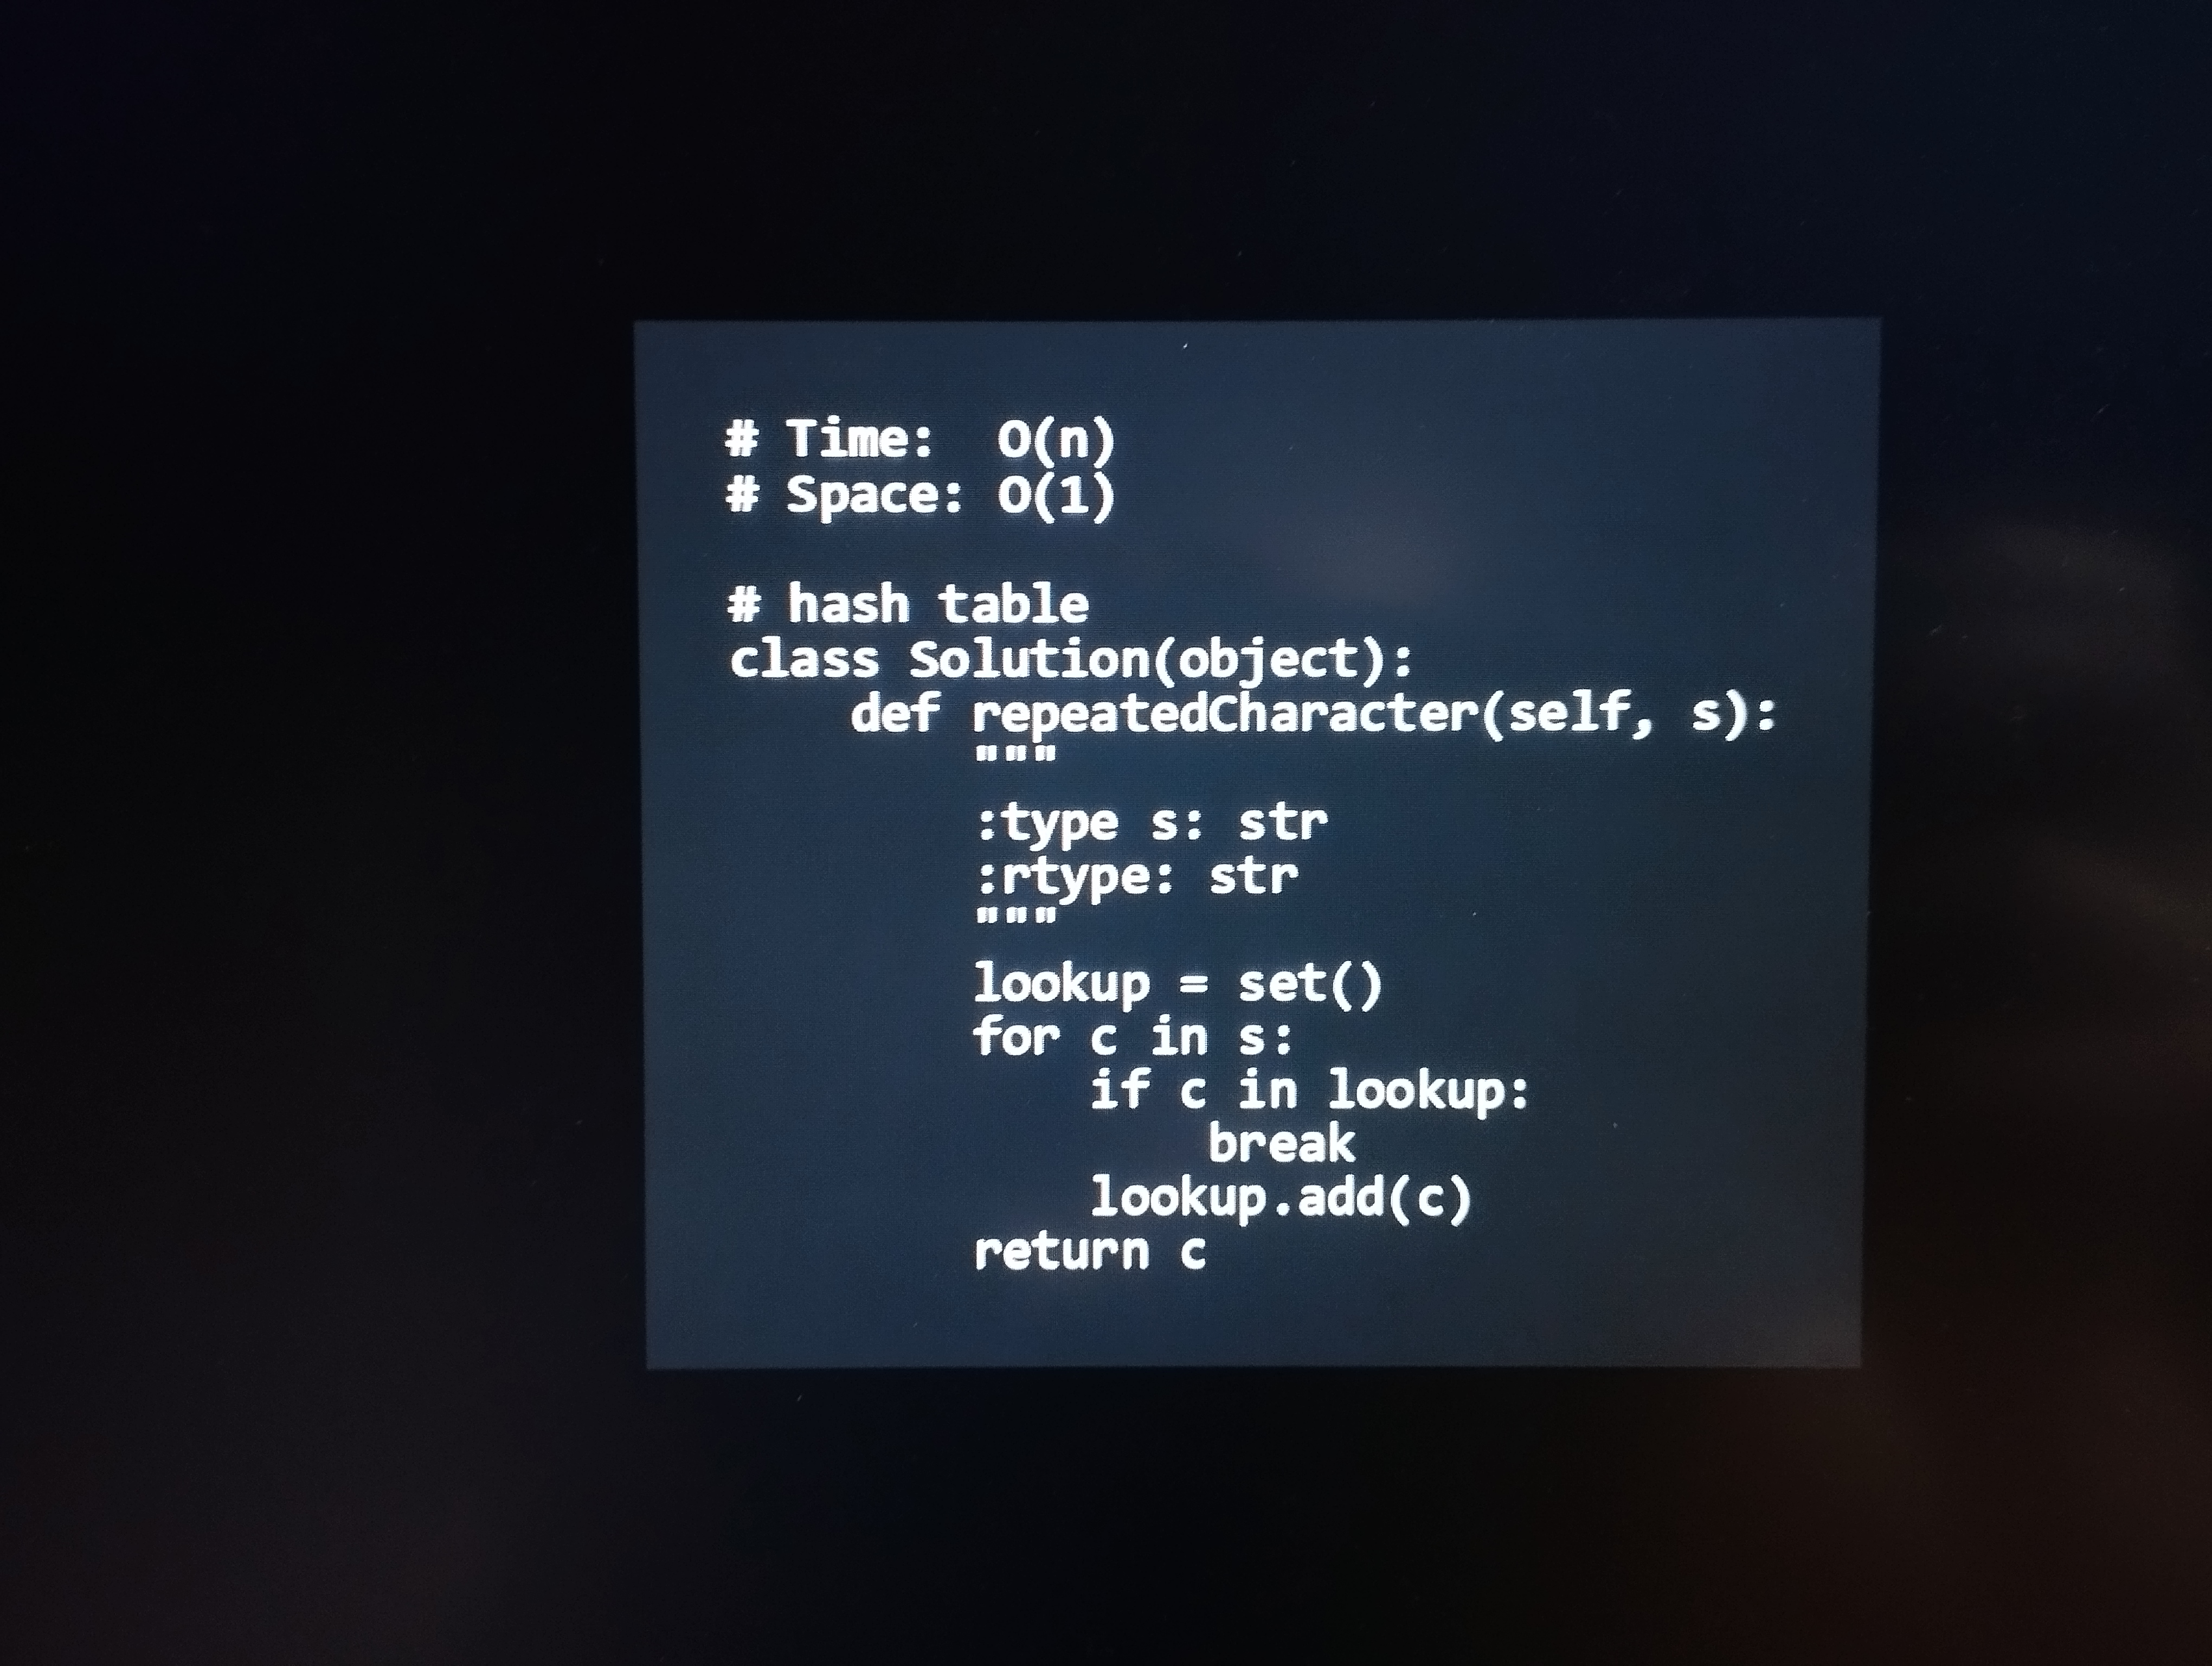
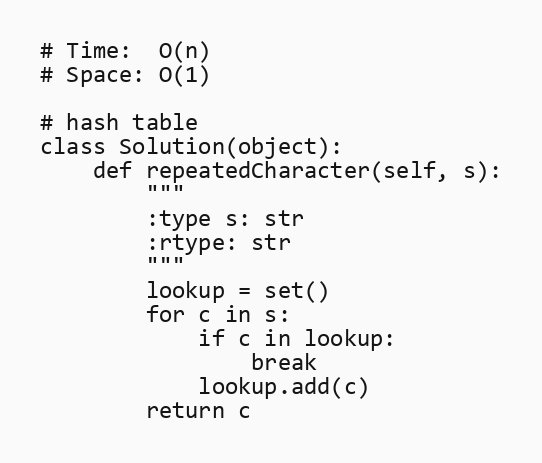
# Time:  O(n)
# Space: O(1)

# hash table
class Solution(object):
    def repeatedCharacter(self, s):
        """
        :type s: str
        :rtype: str
        """
        lookup = set()
        for c in s:
            if c in lookup:
                break
            lookup.add(c)
        return c